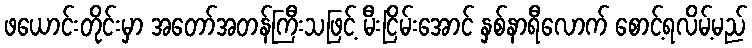
ဖယောင်းတိုင်းမှာ အတော်အတန်ကြီးသဖြင့် မီးငြိမ်းအောင် နှစ်နာရီလောက် စောင့်ရလိမ့်မည်